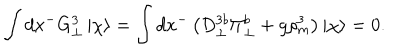
\int d x ^ { - } G _ { \bot } ^ { 3 } \, | \chi \rangle = \int d x ^ { - } \left( D _ { \bot } ^ { 3 b } \Pi _ { \bot } ^ { b } + g \rho _ { m } ^ { 3 } \right) | \chi \rangle = 0 .